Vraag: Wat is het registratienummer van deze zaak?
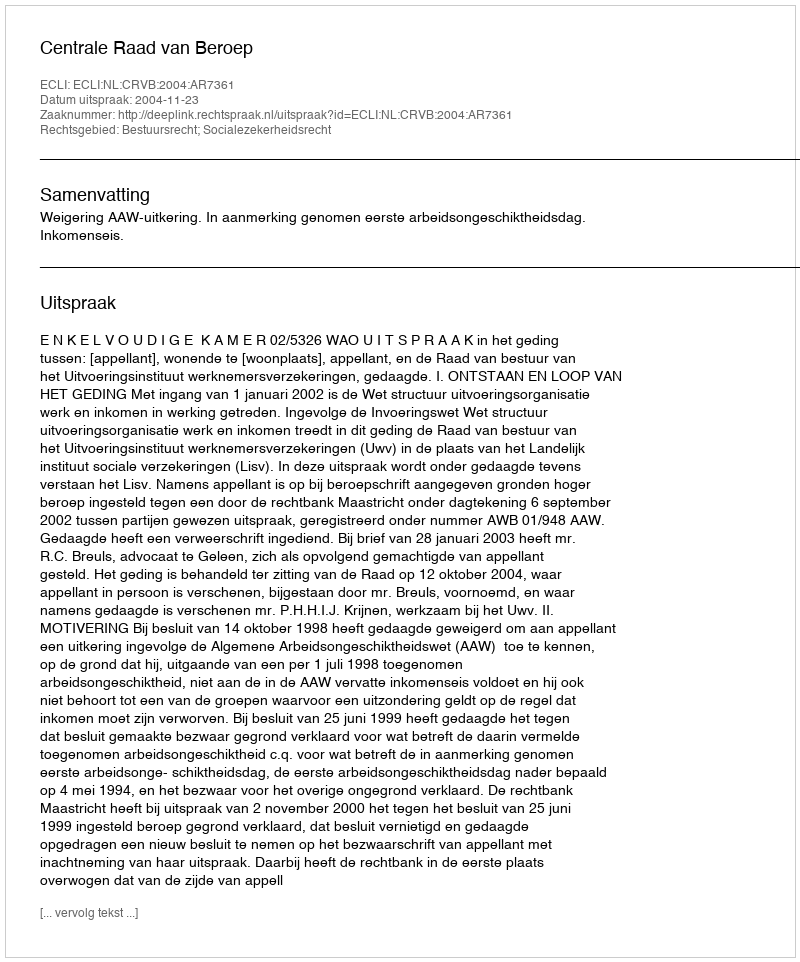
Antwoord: http://deeplink.rechtspraak.nl/uitspraak?id=ECLI:NL:CRVB:2004:AR7361